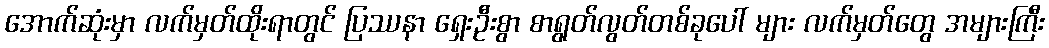
အောက်ဆုံးမှာ လက်မှတ်ထိုးရာတွင် ပြဿနာ ရှေးဦးစွာ စာရွတ်လွတ်တစ်ခုပေါ် များ လက်မှတ်တွေ အများကြီး